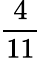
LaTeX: \frac{4}{11}